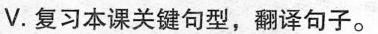
V.复习本课关键句型,翻译句子。